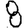
Digit: 8